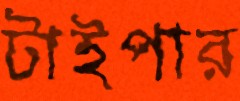
টাইপার